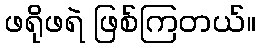
ဖရိုဖရဲ ဖြစ်ကြတယ်။